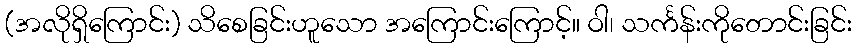
(အလိုရှိကြောင်း) သိစေခြင်းဟူသော အကြောင်းကြောင့်။ ဝါ၊ သင်္ကန်းကိုတောင်းခြင်း